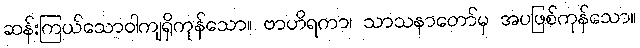
ဆန်းကြယ်သောဝါကျရှိကုန်သော။ ဗာဟိရကာ၊ သာသနာတော်မှ အပဖြစ်ကုန်သော။